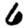
Digit: 6